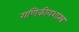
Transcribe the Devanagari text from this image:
गणिकीयशास्त्र